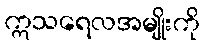
ဣသရေလအမျိုးကို